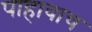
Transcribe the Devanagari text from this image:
पाहावाच